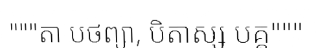
"""តា បថព្យា, បិតាស្ស បគ្គ"""